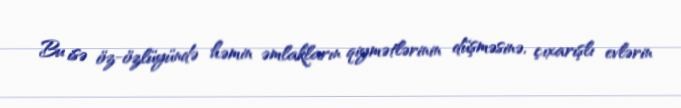
Bu isə öz-özlüyündə həmin əmlakların qiymətlərinin düşməsinə, çıxarışlı evlərin